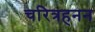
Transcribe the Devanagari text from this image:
चरित्रहनन